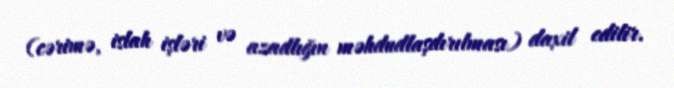
(cərimə, islah işləri və azadlığın məhdudlaşdırılması) daxil edilir.